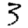
Digit: 3